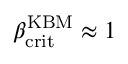
\beta _ { \mathrm { c r i t } } ^ { \mathrm { K B M } } \approx 1 \